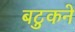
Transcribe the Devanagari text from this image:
बटुकने